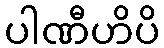
ပါဏီဟိပိ